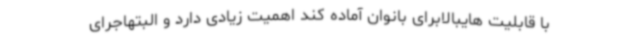
با قابلیت هایبالابرای بانوان آماده کند اهمیت زیادی دارد و البتهاجرای